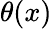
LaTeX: \theta(x)